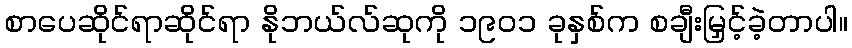
စာပေဆိုင်ရာဆိုင်ရာ နိုဘယ်လ်ဆုကို ၁၉၀၁ ခုနှစ်က စချီးမြှင့်ခဲ့တာပါ။